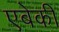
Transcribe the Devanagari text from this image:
एबेकी